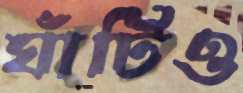
ঘাঁটিও